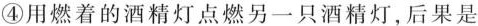
④用燃着的酒精灯点燃另一只酒精灯，后果是